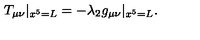
T _ { \mu \nu } | _ { x ^ { 5 } = L } = - \lambda _ { 2 } g _ { \mu \nu } | _ { x ^ { 5 } = L } .